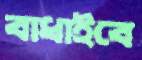
বাধাইবে